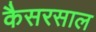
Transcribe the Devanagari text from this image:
कैसरसाल